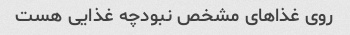
روی غذاهای مشخص نبودچه غذایی هست